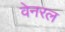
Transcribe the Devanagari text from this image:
वेनरल